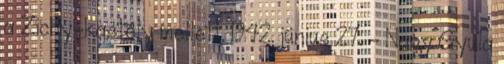
a Zichy-kastély mellett. 1942. június 27. – Nagy Gyula